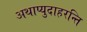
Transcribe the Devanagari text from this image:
अथाप्युदाहरन्ति